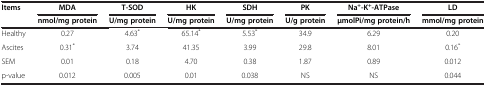
<table><thead><tr><td><b>Items</b></td><td><b>MDA</b></td><td><b>T-SOD</b></td><td><b>HK</b></td><td><b>SDH</b></td><td><b>PK</b></td><td><b>Na<sup>+</sup>-K<sup>+</sup>-ATPase</b></td><td><b>LD</b></td></tr><tr><td><b> </b></td><td><b>nmol/mg protein</b></td><td><b>U/mg protein</b></td><td><b>U/mg protein</b></td><td><b>U/mg protein</b></td><td><b>U/g protein</b></td><td><b>μmolPi/mg protein/h</b></td><td><b>mmol/mg protein</b></td></tr></thead><tbody><tr><td>Healthy</td><td>0.27</td><td>4.63<sup>*</sup></td><td>65.14<sup>*</sup></td><td>5.53<sup>*</sup></td><td>34.9</td><td>6.29</td><td>0.20</td></tr><tr><td>Ascites</td><td>0.31<sup>*</sup></td><td>3.74</td><td>41.35</td><td>3.99</td><td>29.8</td><td>8.01</td><td>0.16<sup>*</sup></td></tr><tr><td>SEM</td><td>0.01</td><td>0.18</td><td>4.70</td><td>0.38</td><td>1.87</td><td>0.89</td><td>0.012</td></tr><tr><td>p-value</td><td>0.012</td><td>0.005</td><td>0.01</td><td>0.038</td><td>NS</td><td>NS</td><td>0.044</td></tr></tbody></table>